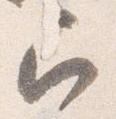
召